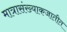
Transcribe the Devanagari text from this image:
मात्रासंख्याकजातीत